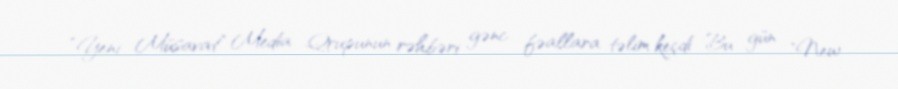
“Yeni Müsavat” Media Qrupunun rəhbəri gənc fəallara təlim keçdi Bu gün "New